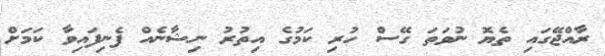
ރާއްޖޭގައި ތެޔޮ ނުވަތަ ގޭސް ހުރި ކަމުގެ އިތުރު ނިޝާނެއް ފެނިފައިވާ ކަމަށް